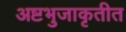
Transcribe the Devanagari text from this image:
अष्टभुजाकृतीत